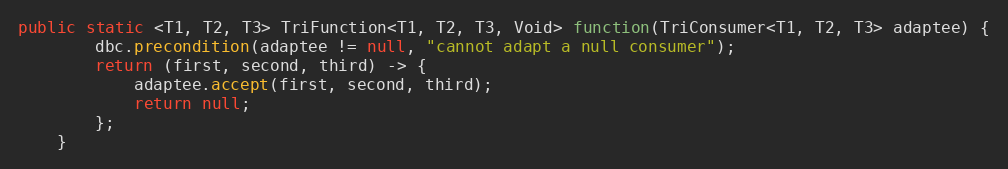
Language: Java
public static <T1, T2, T3> TriFunction<T1, T2, T3, Void> function(TriConsumer<T1, T2, T3> adaptee) {
        dbc.precondition(adaptee != null, "cannot adapt a null consumer");
        return (first, second, third) -> {
            adaptee.accept(first, second, third);
            return null;
        };
    }